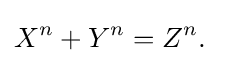
X^{n}+Y^{n}=Z^{n}.\